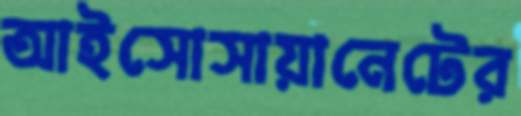
আইসোসায়ানেটের